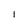
Character: l